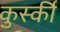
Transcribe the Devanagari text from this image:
कुर्स्की